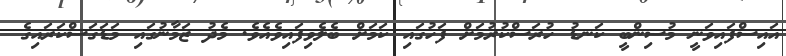
އައިސްފައިވަނީ މުސިންބީ ކަނޑު ހުރަސްކުރުމަށް ފަހުގައި ކަމަށް ބެލެވިފައިވެއެވެ. މެދު ޒަމާނުގައި މަޑަގަސްކަރައިގެ